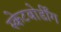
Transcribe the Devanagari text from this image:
स्केटबोर्डींग